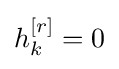
h_{k}^{\left[r\right]}=0